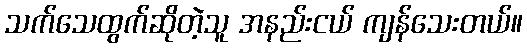
သက်သေထွက်ဆိုတဲ့သူ အနည်းငယ် ကျန်သေးတယ်။